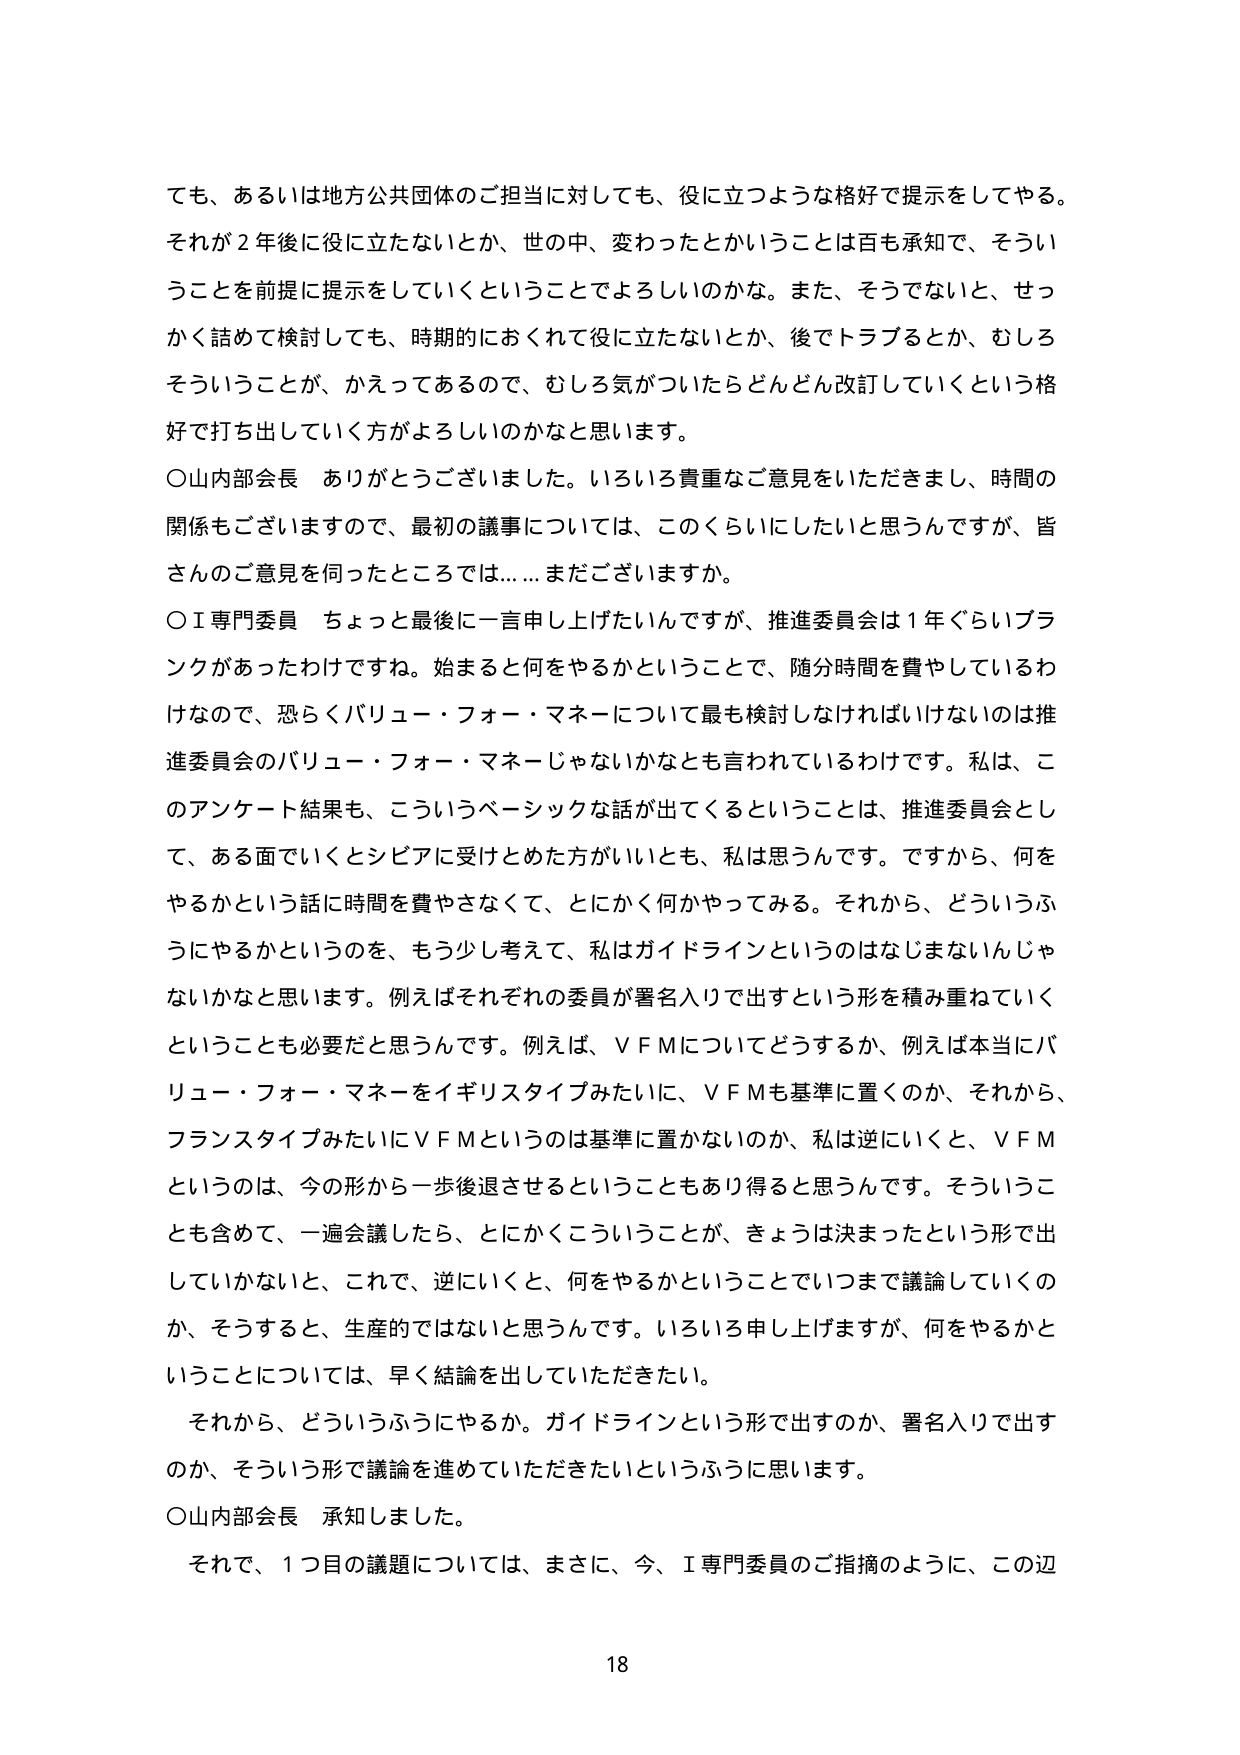
ても、あるいは地方公共団体のご担当に対しても、役に立つような格好で提示をしてやる。
それが２年後に役に立たないとか、世の中、変わったとかいうことは百も承知で、そういうことを前提に提示をしていくということでよろしいのかな。また、そうでないと、せっかく詰めて検討しても、時期的におくれて役に立たないとか、後でトラブルとか、むしろそういうことが、かえってあるので、むしろ気がついたらどんどん改訂していくという格好で打ち出していく方がよろしいのかなと思います。

○山内部会長　ありがとうございました。いろいろ貴重なご意見をいただきまして、時間の関係もございますので、最初の議事については、このくらいにしたいと思うんですが、皆さんのご意見を伺ったところでは……まだございますか。

○Ｉ専門委員　ちょっと最後に一言申し上げたいんですが、推進委員会は１年ぐらいブランクがあったわけですね。始まると何をやるかということで、随分時間を費やしているわけなので、恐らくバリュー・フォー・マネーについて最も検討しなければいけないのは推進委員会のバリュー・フォー・マネーじゃないかなとも言われているわけです。私は、このアンケート結果も、こういうベーシックな話が出てくるということは、推進委員会として、ある面でいくとシビアに受けとめた方がいいとも、私は思うんです。ですから、何をやるかという話に時間を費やさなくて、とにかく何かやってみる。それから、どういうふうにやるかというのを、もう少し考えて、私はガイドラインというのはなじまないんじゃないかなと思います。例えばそれぞれの委員が署名入りで出すという形を積み重ねていくということも必要だと思うんです。例えば、ＶＦＭについてどうするか、例えば本当にバリュー・フォー・マネーをイギリスタイプみたいに、ＶＦＭも基準に置くのか、それから、フランスタイプみたいにＶＦＭというのは基準に置かないのか、私は逆にいくと、ＶＦＭというのは、今の形から一歩後退させるということもあり得ると思うんです。そういうことも含めて、一遍会議したら、とにかくこういうことが、きょうは決まったという形で出していかないと、これで、逆にいくと、何をやるかということまで議論していくのか、そうすると、生産的ではないと思うんです。いろいろ申し上げますが、何をやるかということについては、早く結論を出していただきたい。

それから、どういうふうにやるか。ガイドラインという形で出すのか、署名入りで出すのか、そういう形で議論を進めていただきたいというふうに思います。

○山内部会長　承知しました。

それで、１つ目の議題については、まさに、今、Ｉ専門委員のご指摘のように、この辺

18